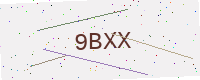
Text: 9BXX